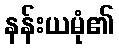
နန်းယမုံ၏